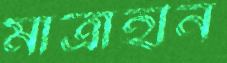
মাত্রাহীন